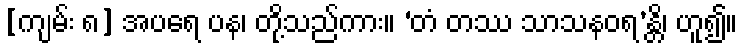
[ကျမ်း ၈] အပရေ ပန၊ တို့သည်ကား။ ‘တံ တဿ သာသနဝရ’န္တိ၊ ဟူ၍။